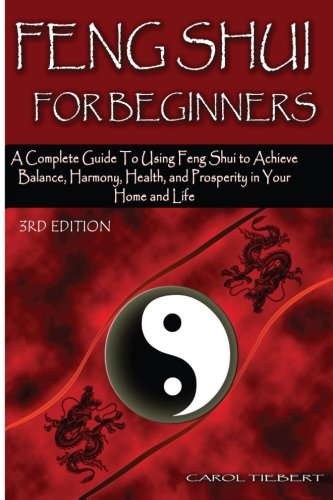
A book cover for Feng Shui for Beginners: A Complete Guide to Using Feng Shui to Achieve Balance, Harmony, Health, and Prosperity in Your Home and Life!; Carol Tiebert; Religion & Spirituality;